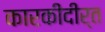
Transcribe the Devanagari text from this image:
कारकीदीर्त